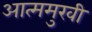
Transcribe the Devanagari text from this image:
आत्ममुखी